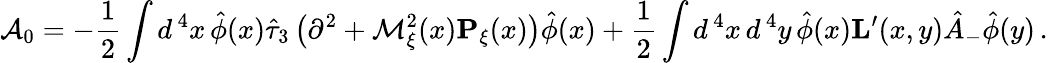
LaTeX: {\cal A}_{0}=-\frac{1}{2}\int d^{\, 4}x\, \hat{\phi}(x)\hat{\tau}_{3}\left(\partial^{2}+{\cal M}_{\xi}^{2}(x){\mathbf P}_{\xi}(x)\right)\hat{\phi}(x)+\frac{1}{2}\int d^{\, 4}x\, d^{\, 4}y\, \hat{\phi}(x){\mathbf L}^{\prime}(x,y)\hat{A}_{-}\hat{\phi}(y)\, .